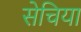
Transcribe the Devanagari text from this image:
सेचिया